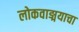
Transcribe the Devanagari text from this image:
लोकवाङ्मयाचा